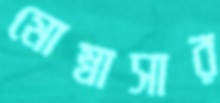
মোম্বাসার